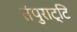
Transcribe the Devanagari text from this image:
तंपुराट्टि